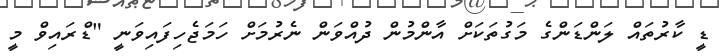
ޑީ ކާރުތައް ލަންޑަންގެ މަގުތަކަށް އާންމުން ދުއްވަން ނެރުމަށް ހަމަޖެހިފައިވަނީ "ޑްރައިވް މީ